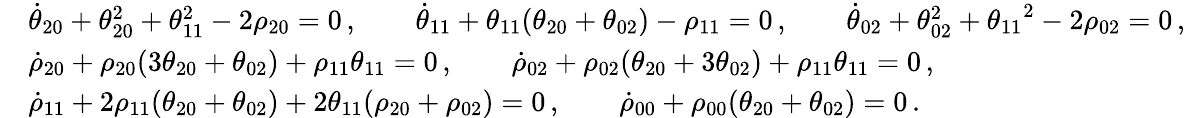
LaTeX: \begin{array}{rl}&{\dot{\theta}_{20}+\theta_{20}^{2}+\theta_{11}^{2}-2\rho_{20}=0\, ,\qquad\dot{\theta}_{11}+{\theta_{11}}(\theta_{20}+\theta_{02})-\rho_{11}=0\, ,\qquad\dot{\theta}_{02}+\theta_{02}^{2}+{\theta_{11}}^{2}-2\rho_{02}=0\, ,}\\ &{\dot{\rho}_{20}+\rho_{20}(3\theta_{20}+\theta_{02})+\rho_{11}{\theta_{11}}=0\, ,\qquad\dot{\rho}_{02}+\rho_{02}(\theta_{20}+3\theta_{02})+\rho_{11}{\theta_{11}}=0\, ,}\\ &{\dot{\rho}_{11}+2\rho_{11}(\theta_{20}+\theta_{02})+2{\theta_{11}}(\rho_{20}+\rho_{02})=0\, ,\qquad\dot{\rho}_{00}+\rho_{00}(\theta_{20}+\theta_{02})=0\, .}\end{array}